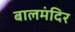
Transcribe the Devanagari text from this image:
बालमंदिर